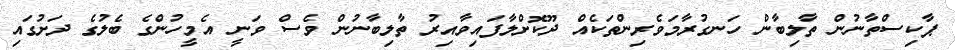
ޕާކިސްތާނުން ތާލިބާން ހަނގުރާމަވެރިންތަކެއް ދޫކޮށްލާފައިވާއިރު ތާލިބާނުން ވެސް ވަނީ އެމީހުންގެ ބެލުގެ ދަށުގައި